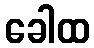
ခေါထ